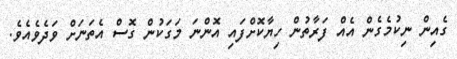
ގެއިން ނިކުމެގެން އެއް ފަރާތުން ހިޔާކޮށްފައި އޮންނަ މަގަކުން ގޮސް އެތަނަށް ވަދެވެއެވެ.